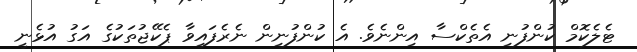
ޓެލެކޮމް ކުންފުނި އެތެކްސާ އިންނެވެ. އެ ކުންފުނިން ނެރެފައިވާ ޕެކޭޖުތަކުގެ އަގު އުޅެނީ